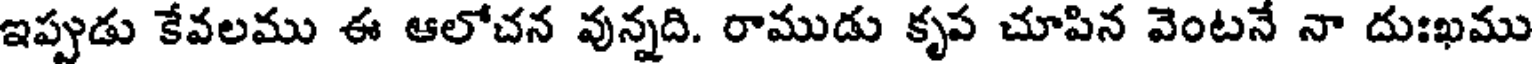
ఇప్పుడు కేవలము ఈ ఆలోచన వున్నది. రాముడు కృప చూపిన వెంటనే నా దుఃఖము